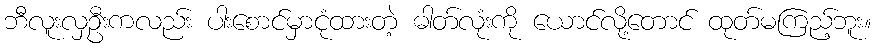
ဘီလူးလှဦးကလည်း ပါးစောင်မှာငုံထားတဲ့ ဓါတ်လုံးကို ယောင်လို့တောင် ထုတ်မကြည့်ဘူး။